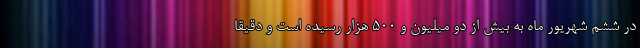
در ششم شهریور ماه به بیش از دو میلیون و ۵۰۰ هزار رسیده است و دقیقا